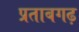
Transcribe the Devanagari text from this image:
प्रताबगढ़